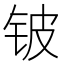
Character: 铍